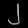
Digit: ၂